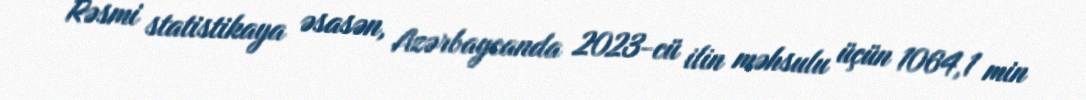
Rəsmi statistikaya əsasən, Azərbaycanda 2023-cü ilin məhsulu üçün 1064,1 min